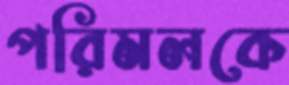
পরিমলকে